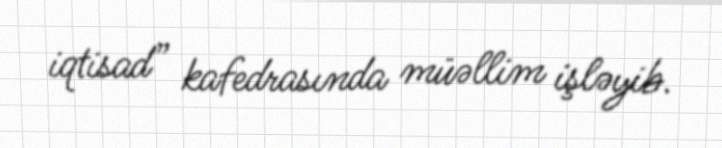
iqtisad” kafedrasında müəllim işləyib.